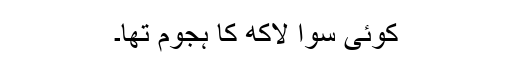
کوئی سوا لاکھ کا ہجوم تھا۔